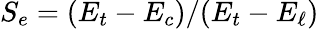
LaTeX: S_{e}=(E_{t}-E_{c})/(E_{t}-E_{\ell})